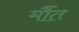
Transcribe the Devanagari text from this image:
र्मौत